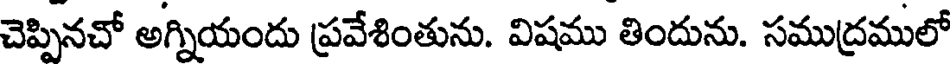
చెప్పినచో అగ్నియందు ప్రవేశింతును. విషము తిందును. సముద్రములో